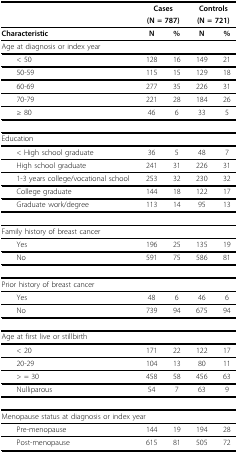
<table><thead><tr><td></td><td colspan="2"><b>Cases</b></td><td colspan="2"><b>Controls</b></td></tr><tr><td></td><td colspan="2"><b>(N = 787)</b></td><td colspan="2"><b>(N = 721)</b></td></tr></thead><tbody><tr><td><b>Characteristic</b></td><td><b>N</b></td><td><b>%</b></td><td><b>N</b></td><td><b>%</b></td></tr><tr><td>Age at diagnosis or index year</td><td></td><td></td><td></td><td></td></tr><tr><td> &lt; 50</td><td>128</td><td>16</td><td>149</td><td>21</td></tr><tr><td> 50-59</td><td>115</td><td>15</td><td>129</td><td>18</td></tr><tr><td> 60-69</td><td>277</td><td>35</td><td>226</td><td>31</td></tr><tr><td> 70-79</td><td>221</td><td>28</td><td>184</td><td>26</td></tr><tr><td> ≥ 80</td><td>46</td><td>6</td><td>33</td><td>5</td></tr><tr><td>Education</td><td></td><td></td><td></td><td></td></tr><tr><td> &lt; High school graduate</td><td>36</td><td>5</td><td>48</td><td>7</td></tr><tr><td> High school graduate</td><td>241</td><td>31</td><td>226</td><td>31</td></tr><tr><td> 1-3 years college/vocational school</td><td>253</td><td>32</td><td>230</td><td>32</td></tr><tr><td> College graduate</td><td>144</td><td>18</td><td>122</td><td>17</td></tr><tr><td> Graduate work/degree</td><td>113</td><td>14</td><td>95</td><td>13</td></tr><tr><td>Family history of breast cancer</td><td></td><td></td><td></td><td></td></tr><tr><td> Yes</td><td>196</td><td>25</td><td>135</td><td>19</td></tr><tr><td> No</td><td>591</td><td>75</td><td>586</td><td>81</td></tr><tr><td>Prior history of breast cancer</td><td></td><td></td><td></td><td></td></tr><tr><td> Yes</td><td>48</td><td>6</td><td>46</td><td>6</td></tr><tr><td> No</td><td>739</td><td>94</td><td>675</td><td>94</td></tr><tr><td>Age at first live or stillbirth</td><td></td><td></td><td></td><td></td></tr><tr><td> &lt; 20</td><td>171</td><td>22</td><td>122</td><td>17</td></tr><tr><td> 20-29</td><td>104</td><td>13</td><td>80</td><td>11</td></tr><tr><td> &gt; = 30</td><td>458</td><td>58</td><td>456</td><td>63</td></tr><tr><td> Nulliparous</td><td>54</td><td>7</td><td>63</td><td>9</td></tr><tr><td colspan="5">Menopause status at diagnosis or index year</td></tr><tr><td> Pre-menopause</td><td>144</td><td>19</td><td>194</td><td>28</td></tr><tr><td> Post-menopause</td><td>615</td><td>81</td><td>505</td><td>72</td></tr></tbody></table>